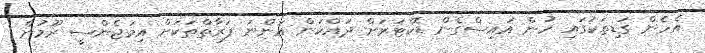
އެހެން ގަޑިތަކުގައި ހުން އައިސްގެން ޑޮކްޓަރަށް ދައްކަން އަންނަ ފަރާތްތަކަށް އިމަޖެންސީ ރޫމުން